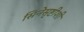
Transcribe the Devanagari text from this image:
सिनेसृष्टीशी